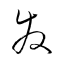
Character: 發